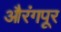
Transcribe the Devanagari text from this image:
औरंगपूर